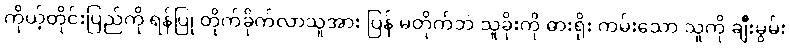
ကိုယ့်တိုင်းပြည်ကို ရန်ပြု တိုက်ခိုက်လာသူအား ပြန် မတိုက်ဘဲ သူခိုးကို ဓားရိုး ကမ်းသော သူကို ချီးမွမ်း